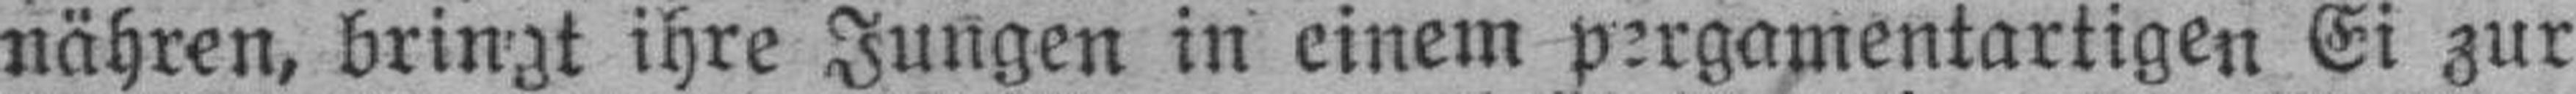
nähren, bringt ihre Jungen in einem pergamentartigen Ei zur